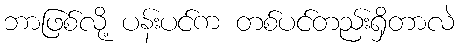
ဘာဖြစ်လို့ ပန်းပင်က တစ်ပင်တည်းရှိတာလဲ